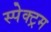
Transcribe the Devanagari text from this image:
स्पेक्‍ट्रम